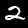
Label: 2